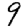
Digit: 9